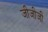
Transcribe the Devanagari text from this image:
जीजीजी